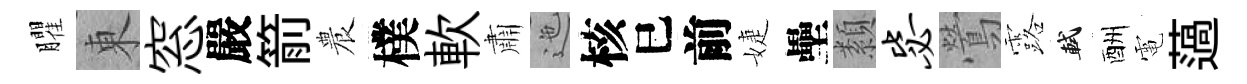
臞東窓嚴箭農樸軟肅迤核巳前婕壘纇毖鶯露軾酬電薖